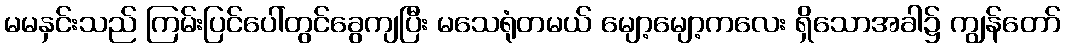
မမနှင်းသည် ကြမ်းပြင်ပေါ်တွင်ခွေကျပြီး မသေရုံတမယ် မျော့မျော့ကလေး ရှိသောအခါ၌ ကျွန်တော်